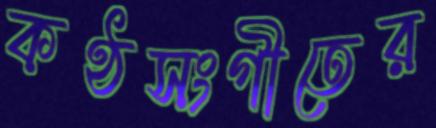
কণ্ঠসংগীতের